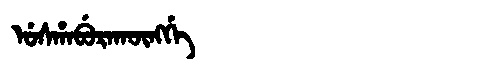
Manchu: ᡠᠰᡥᠠᠪᡠᡵᠠᡴᡡᠩᡤᡝ
Romanization: USHABURAKŪNGGE